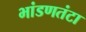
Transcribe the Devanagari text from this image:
भांडणतंटा